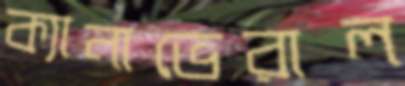
ক্যানাভেরাল